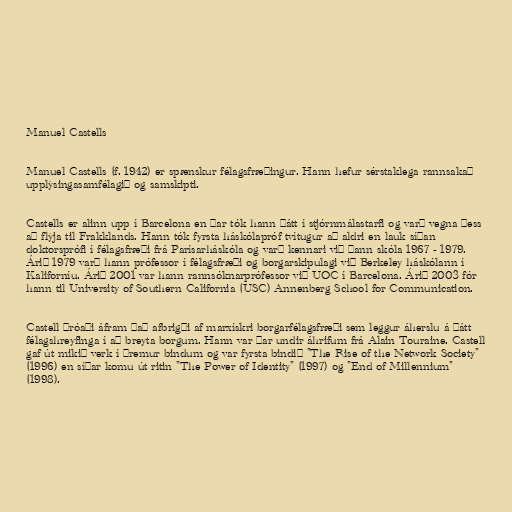
Manuel Castells

Manuel Castells (f. 1942) er spænskur félagsfræðingur. Hann hefur sérstaklega rannsakað
upplýsingasamfélagið og samskipti.

Castells er alinn upp í Barcelona en þar tók hann þátt í stjórnmálastarfi og varð vegna þess
að flýja til Frakklands. Hann tók fyrsta háskólapróf tvítugur að aldri en lauk síðan
doktorsprófi í félagsfræði frá Parísarháskóla og varð kennari við þann skóla 1967 - 1979.
Árið 1979 varð hann prófessor í félagsfræði og borgarskipulagi við Berkeley háskólann í
Kaliforníu. Árið 2001 var hann rannsóknarprófessor við UOC í Barcelona. Árið 2003 fór
hann til University of Southern California (USC) Annenberg School for Communication.

Castell þróaði áfram það afbrigði af marxískri borgarfélagsfræði sem leggur áherslu á þátt
félagshreyfinga í að breyta borgum. Hann var þar undir áhrifum frá Alain Touraine. Castell
gaf út mikið verk í þremur bindum og var fyrsta bindið "The Rise of the Network Society"
(1996) en síðar komu út ritin "The Power of Identity" (1997) og "End of Millennium"
(1998).